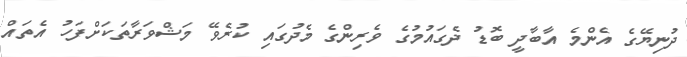
ދުނިޔޭގެ އެންމެ އާބާދީ ބޮޑު ދެގައުމުގެ ވެރިންގެ މެދުގައި ކުރެވޭ މަޝްވަރާތަކަށްފަހު އެތައް